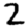
Digit: 2